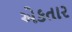
એકતાર